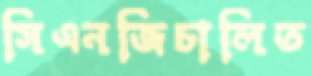
সিএনজিচালিত